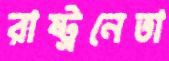
রাষ্ট্রনেতা